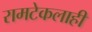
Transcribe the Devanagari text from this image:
रामटेकलाही